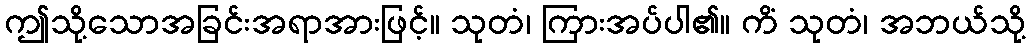
ဤသို့သောအခြင်းအရာအားဖြင့်။ သုတံ၊ ကြားအပ်ပါ၏။ ကိံ သုတံ၊ အဘယ်သို့